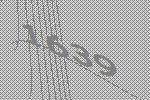
1639